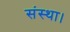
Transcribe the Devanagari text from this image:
संस्था।